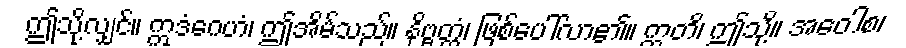
ဤသို့လျှင်။ ဣဒံဂေဟံ၊ ဤအိမ်သည်။ နိဗ္ဗတ္တံ၊ ဖြစ်ပေါ်လာ၏။ ဣတိ၊ ဤသို့။ အဝေါစ၊